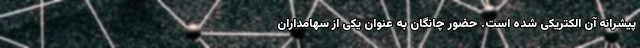
پیشرانه آن الکتریکی شده است. حضور چانگان به عنوان یکی از سهامداران